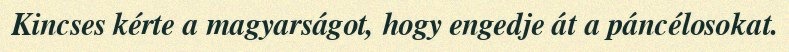
Kincses kérte a magyarságot, hogy engedje át a páncélosokat.